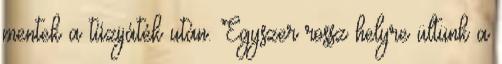
mentek a tűzijáték után. Egyszer rossz helyre ültünk a